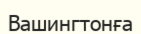
Вашингтонға